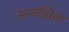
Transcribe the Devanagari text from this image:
अन्यधिक